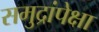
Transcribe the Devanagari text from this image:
समुद्रांपेक्षा